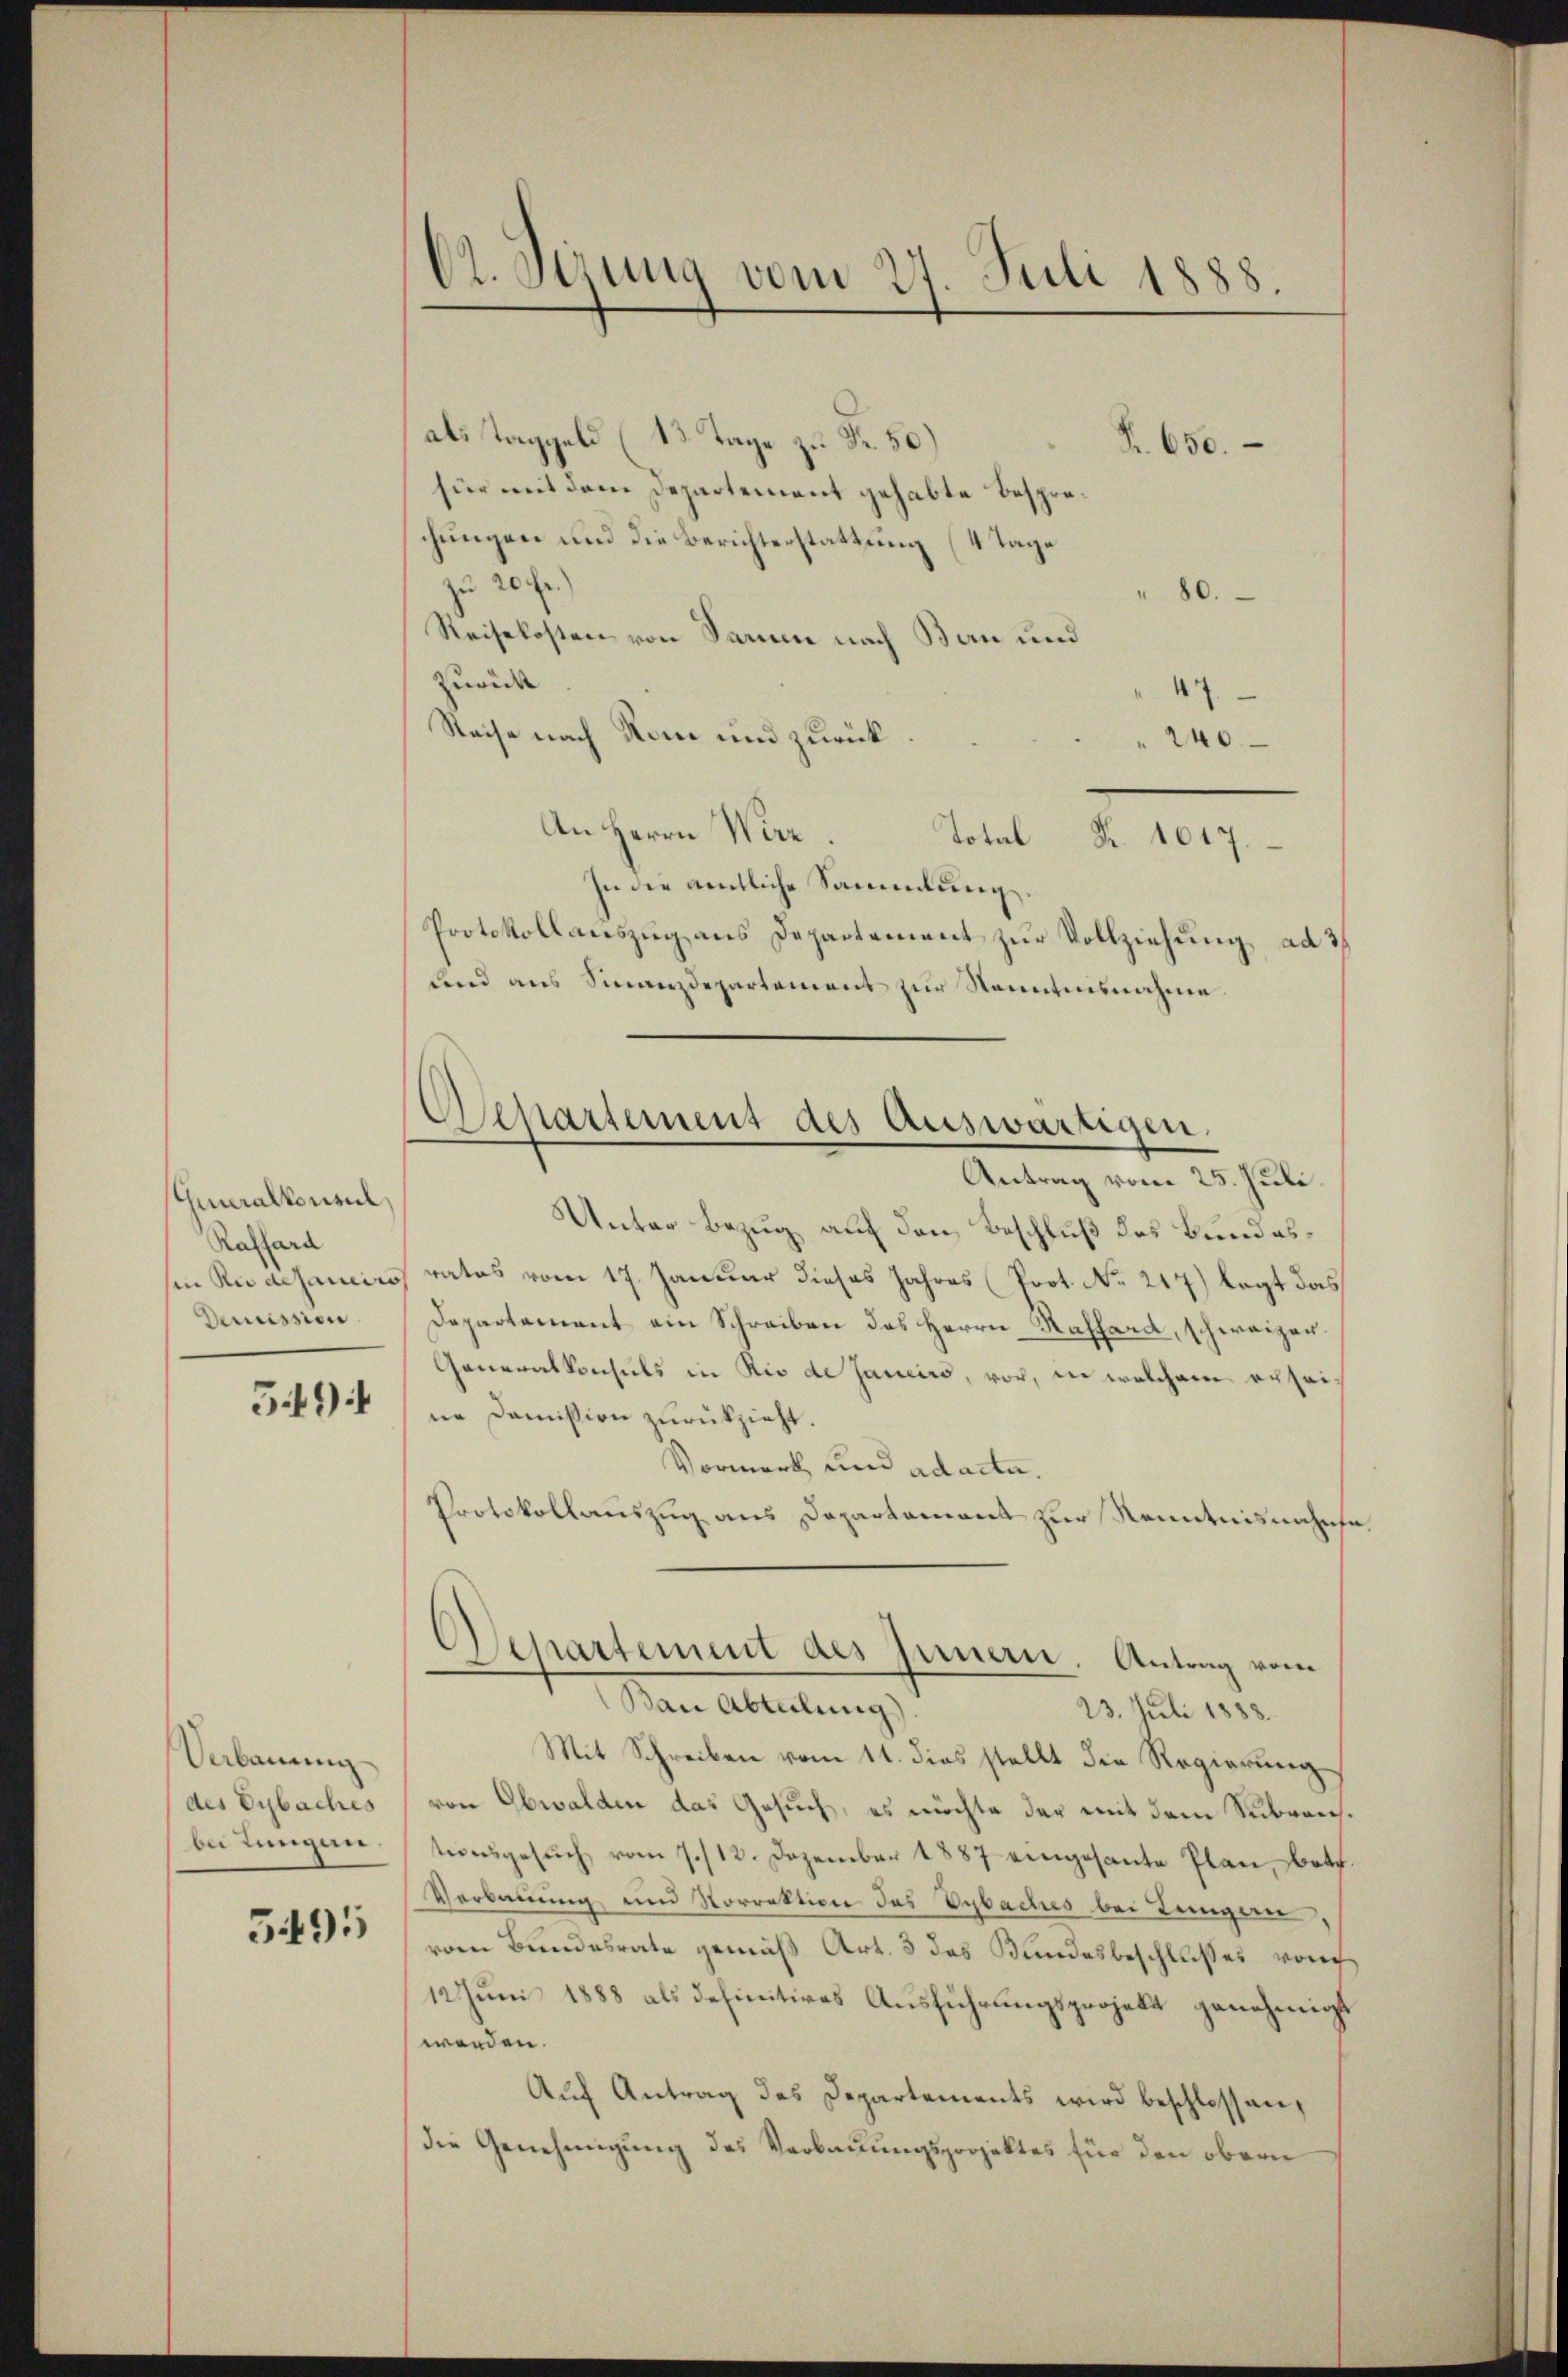
Generalkonsul,
Raffard
sen Redesarciis
Demission.

5494

Verbauung
des Eybaches
bei Lungen

5495

C. Gerung vom 27. Juli 1888

als Taggeld (13. Tage zu Fr. 50
Fr. 650.
für mit dem Departement gehabte Besprochungen und die Berichterstattung (4 Tage
zu 20 fr.)
0.
Reisekosten von Paren nach Bau und
Zurück
4
Reise nach Rom und zurück
240
An Herrn Werz. Total Fr. 1017.
In die amtliche Sammlung,
Protokollauszug aus Departement zur Vollziehung ad 2
und aus Sinnezdepartement zur Kenntnisnahme

Departement des Auswärtigen.

Separtement des Innern. Antrag vom
Ban Abteilung.

Antrag vom 25. Juli
Unter Bezug auf den Beschluß des Bundesratos vom 17. Januar dieses Jahres (Prot. No. 217) legt das
Departement ein Schreiben des Herrn Kassard, schweizen
Generalkonsuls in Rio de Janeirs, vor, in welchem erseine Domission zurückzieht.
Vormerk und ad acta.
Protokollauszug aus Departament zur Kenntnisnahmsa
23. Juli 1888.
Mit Schreiben vom 11. dies stellt die Regierung
von Obwalden das Gesuch, es möchte der mit dem Subventionsgesŭch vom 7./12. Dezember 1887 eingesante Plan, dot
Verbauung und Norrektion des Vybaches bei Lungen,
vom Bundesrate gemäß Art. 3 das Bundesbeschlußes von
12 Juni 1888 als definitives Ausführungsprojekt genehmigt
werden.
Auf Antrag des Departements wird beschlossen,
die Genehmigung des Verbauungsprojektes für den obern